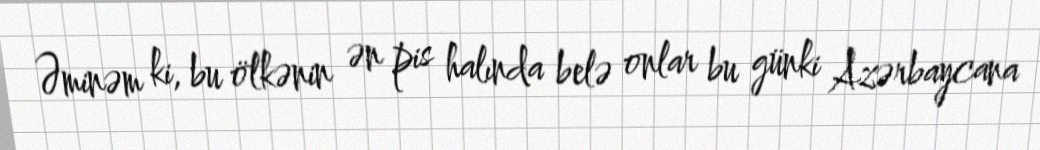
Əminəm ki, bu ölkənin ən pis halında belə onlar bu günki Azərbaycana